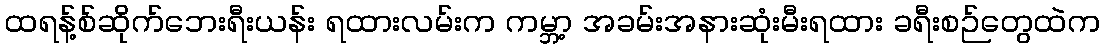
ထရန့်စ်ဆိုက်ဘေးရီးယန်း ရထားလမ်းက ကမ္ဘာ့ အခမ်းအနားဆုံးမီးရထား ခရီးစဉ်တွေထဲက